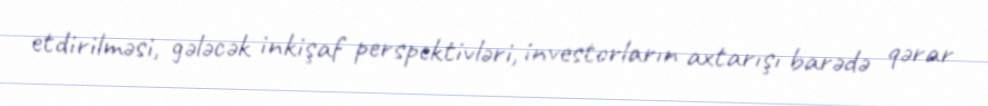
etdirilməsi, gələcək inkişaf perspektivləri, investorların axtarışı barədə qərar